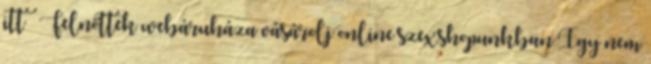
itt – Felnőttek webáruháza vásárolj online szexshopunkban Így nem